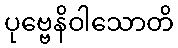
ပုဗ္ဗေနိဝါသောတိ